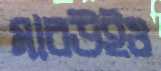
মারউইও